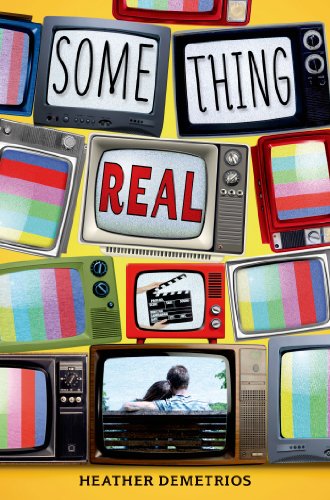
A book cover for Something Real; Heather Demetrios; Teen & Young Adult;